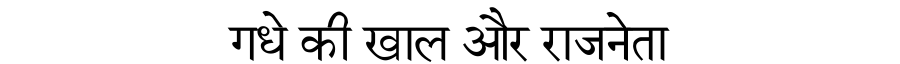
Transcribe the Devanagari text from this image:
गधे की खाल और राजनेता